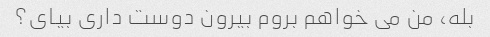
بله، من می خواهم بروم بیرون دوست داری بیای؟